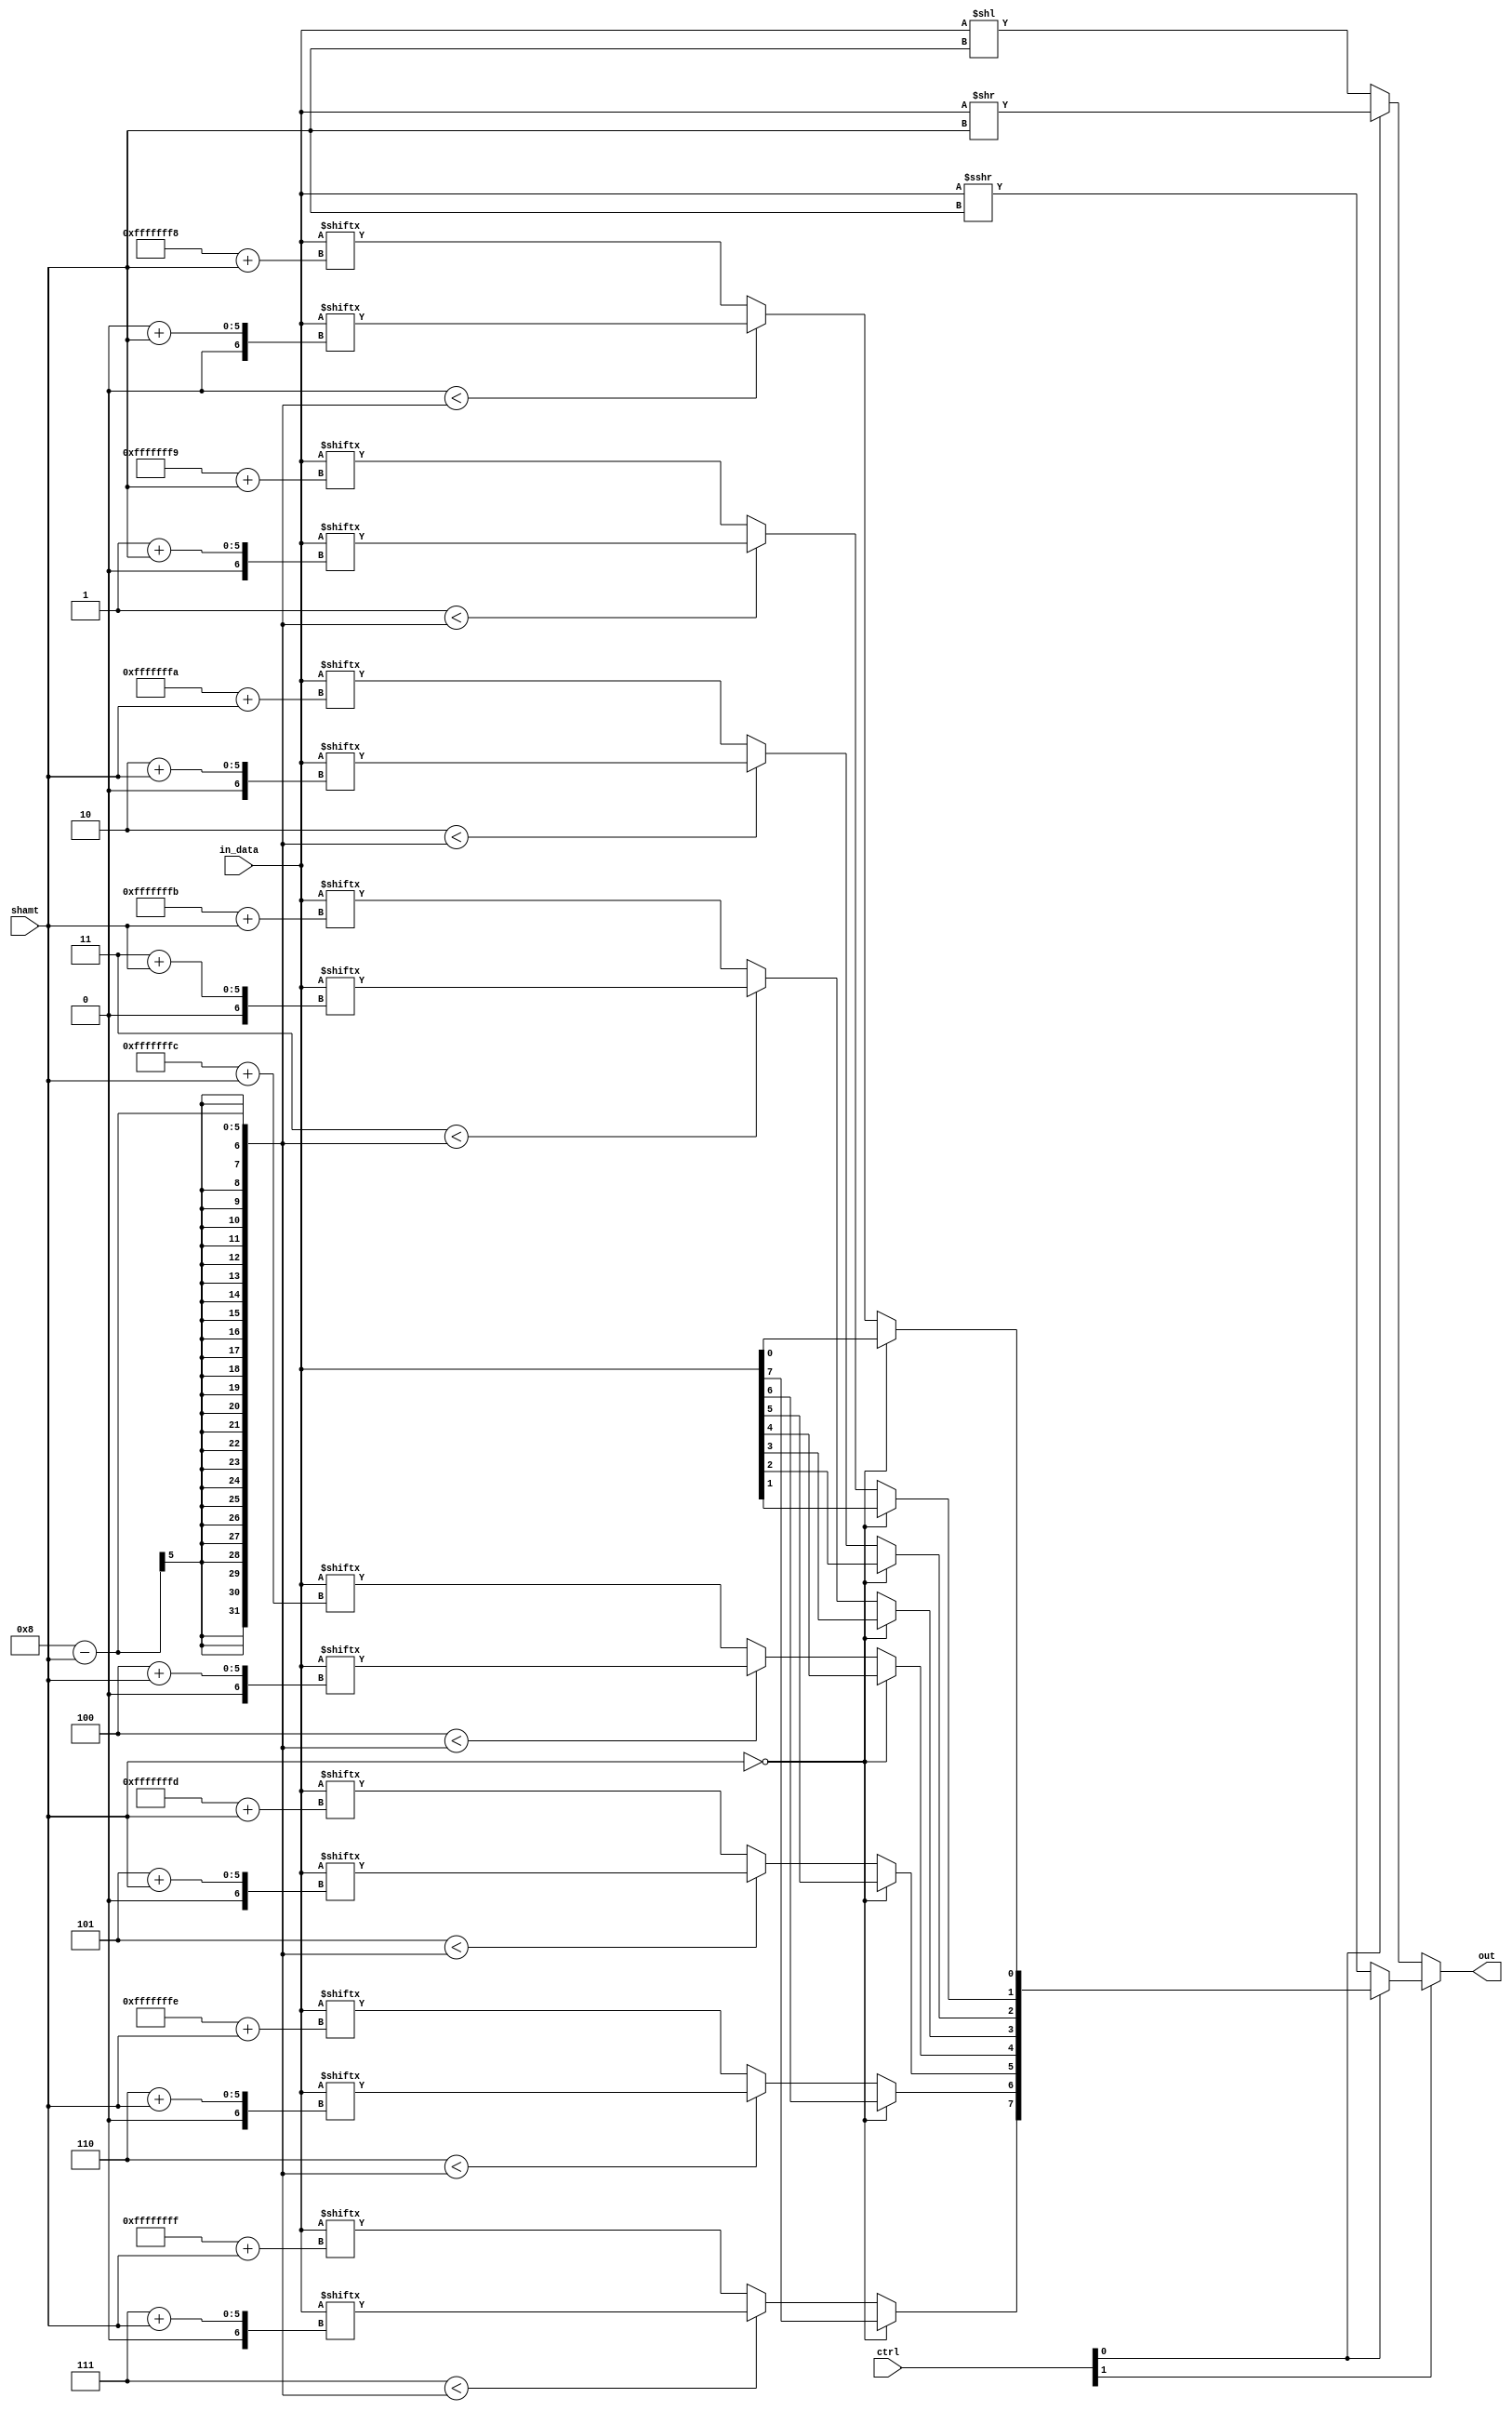

module combinationalShifter #(parameter W=8)
(
	input [W-1:0]	in_data,
	input [4:0]		shamt,
	input [1:0]		ctrl,
	output [W-1:0] out
);

	
	wire [W-1:0]	LSL = in_data << shamt,
		 			LSR = in_data >> shamt,
		 			ASR = $signed(in_data) >>> shamt;
		 		  //RR  = {in_data[shamt-1:0],in_data[W-1:shamt]};

	integer i;
	reg [W-1:0] RR;

	assign out = ctrl[1] ? (ctrl[0] ? RR : ASR) : (ctrl[0] ? LSR : LSL );


	always @(*) begin
	    if (shamt == 0) begin
	    	RR <= in_data;
	    end else begin
	      for (i = 0; i < W  ; i = i + 1) begin
	        if (i < W - shamt) begin
	          RR[i] <= in_data[i + shamt];
	        end else begin
	          RR[i] <= in_data[i - W + shamt];
	        end
	      end
	    end
	end



	
endmodule



/*
module combinationalShifter #(parameter W=8)
(
  input [W-1:0] in,
  input [5:0]  shamt,
  output reg [W-1:0] out
);

  integer i;
  
  always @(*) begin
    if (shamt == 0) begin
      out <= in;
    end else begin
      for (i = 0; i < W  ; i = i + 1) begin
        if (i < W - shamt) begin
          out[i] <= in[i + shamt];
        end else begin
          out[i] <= in[i - W + shamt];
        end
      end
    end
  end

endmodule

*/